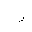
Letter: _ra